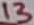
Text: 13